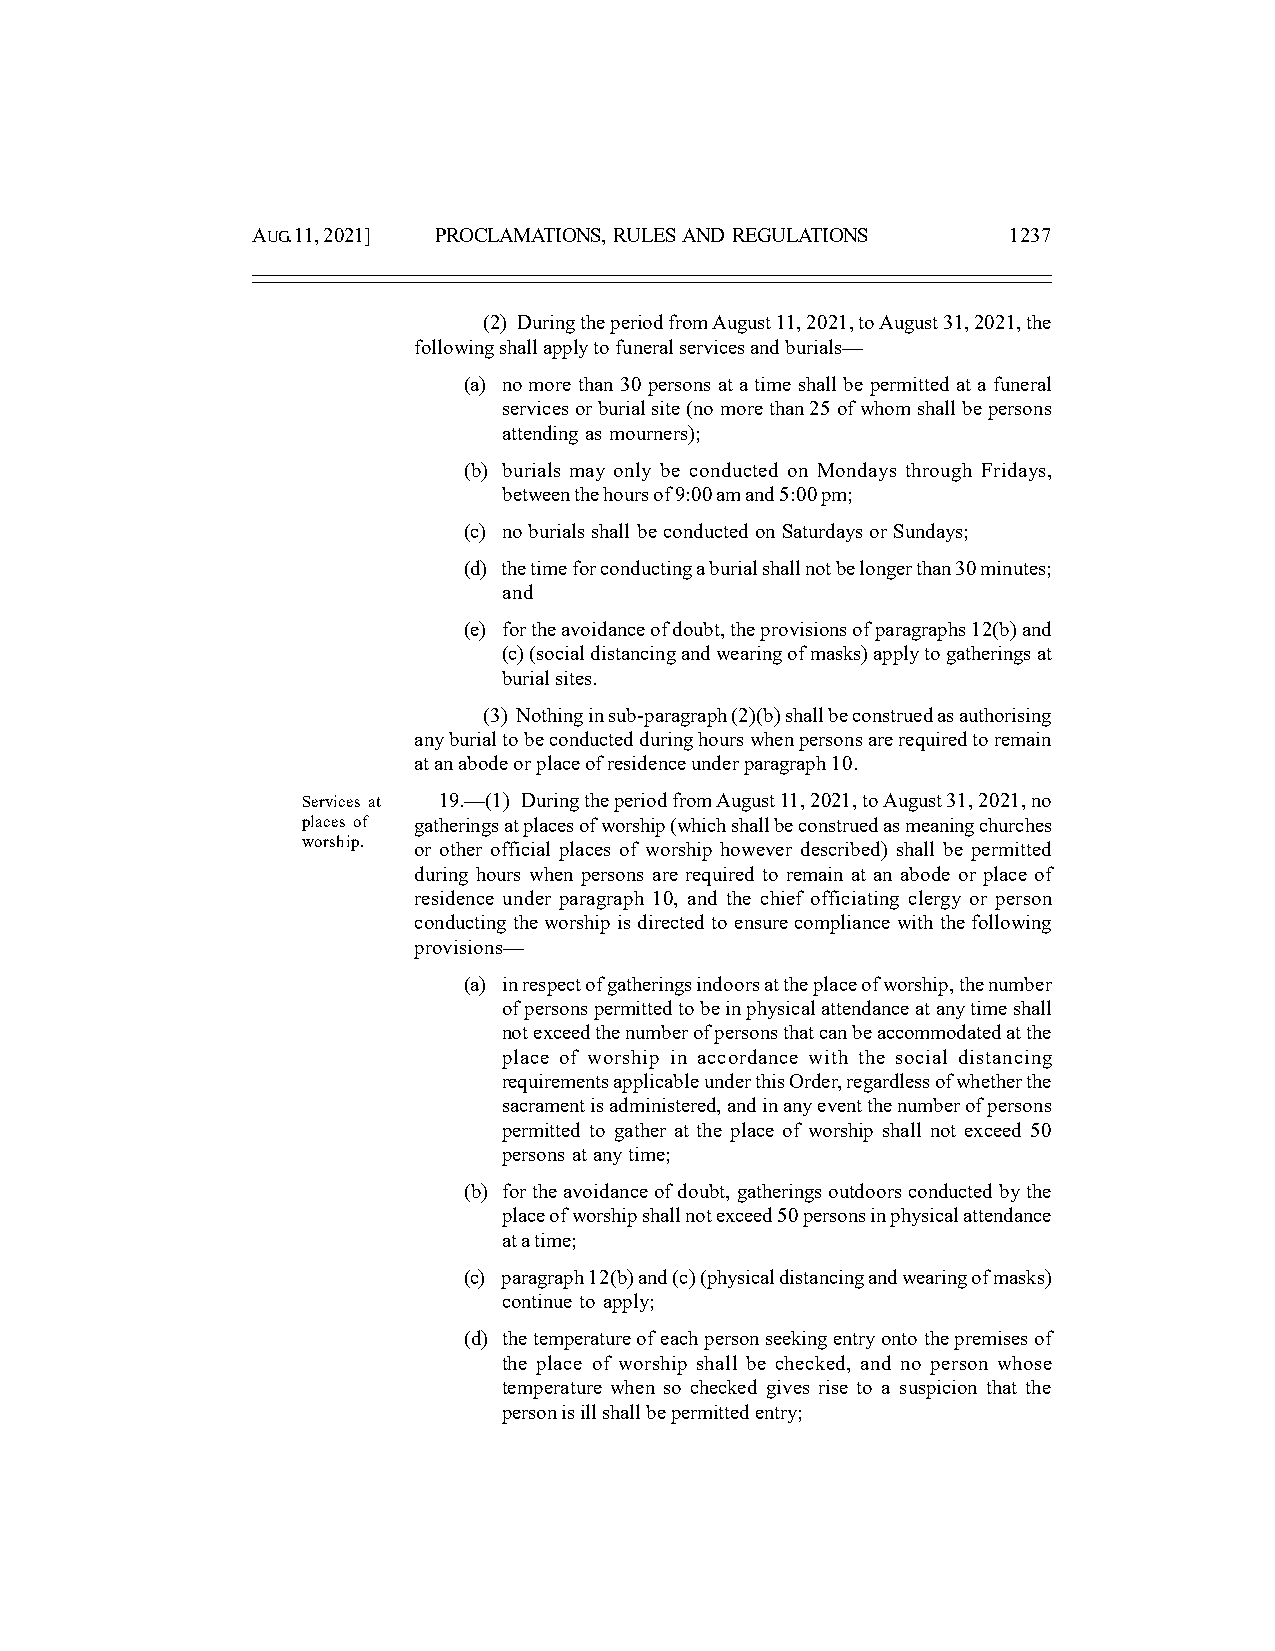
AUG. 11, 2021] PROCLAMATIONS, RULES AND REGULATIONS 1237
 (2) During the period from August 11, 2021, to August 31, 2021, the
 following shall apply to funeral services and burials—
 (a) no more than 30 persons at a time shall be permitted at a funeral
 services or burial site (no more than 25 of whom shall be persons
 attending as mourners);
 (b) burials may only be conducted on Mondays through Fridays,
 between the hours of 9:00 am and 5:00 pm;
 (c) no burials shall be conducted on Saturdays or Sundays;
 (d) the time for conducting a burial shall not be longer than 30 minutes;
 and
 (e) for the avoidance of doubt, the provisions of paragraphs 12(b) and
 (c) (social distancing and wearing of masks) apply to gatherings at
 burial sites.
 (3) Nothing in sub-paragraph (2)(b) shall be construed as authorising
 any burial to be conducted during hours when persons are required to remain
 at an abode or place of residence under paragraph 10.
 Services at 19.—(1) During the period from August 11, 2021, to August 31, 2021, no
 places of gatherings at places of worship (which shall be construed as meaning churches
 worship. or other official places of worship however described) shall be permitted
 during hours when persons are required to remain at an abode or place of
 residence under paragraph 10, and the chief officiating clergy or person
 conducting the worship is directed to ensure compliance with the following
 provisions—
 (a) in respect of gatherings indoors at the place of worship, the number
 of persons permitted to be in physical attendance at any time shall
 not exceed the number of persons that can be accommodated at the
 place of worship in accordance with the social distancing
 requirements applicable under this Order, regardless of whether the
 sacrament is administered, and in any event the number of persons
 permitted to gather at the place of worship shall not exceed 50
 persons at any time;
 (b) for the avoidance of doubt, gatherings outdoors conducted by the
 place of worship shall not exceed 50 persons in physical attendance
 at a time;
 (c) paragraph 12(b) and (c) (physical distancing and wearing of masks)
 continue to apply;
 (d) the temperature of each person seeking entry onto the premises of
 the place of worship shall be checked, and no person whose
 temperature when so checked gives rise to a suspicion that the
 person is ill shall be permitted entry;